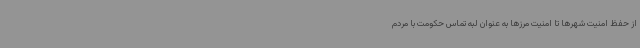
از حفظ امنیت شهرها تا امنیت مرزها به عنوان لبه تماس حکومت با مردم